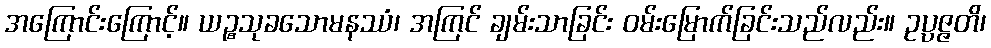
အကြောင်းကြောင့်။ ယဉ္စသုခသောမနဿံ၊ အကြင် ချမ်းသာခြင်း ဝမ်းမြောက်ခြင်းသည်လည်း။ ဥပ္ပဇ္ဇတိ၊